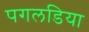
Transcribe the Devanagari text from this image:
पगलडिया